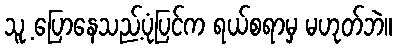
သူ့ ပြောနေသည့်ပုံပြင်က ရယ်စရာမှ မဟုတ်ဘဲ။